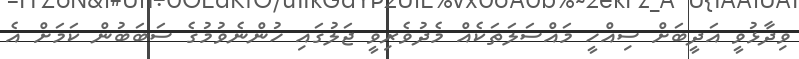
ވިދާޅުވީ އަދީބަށް ސިއްހީ މައްސަލަތަކެއް މެދުވެރިވީ ޖަލުގައި ހުންނެވުމުގެ ސަބަބުން ކަމަށް އެ